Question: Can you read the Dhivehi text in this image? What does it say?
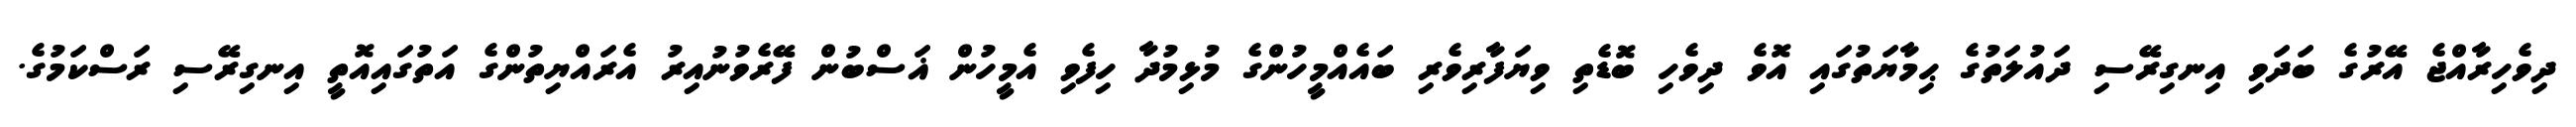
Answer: ދިވެހިރާއްޖެ އޭރުގެ ބަދަވި އިނގިރޭސި ދައުލަތުގެ ޙިމާޔަތުގައި އޮވެ ދިވެހި ބޮޑެތި ވިޔަފާރިވެރި ބައެއްމީހުންގެ މުޅިމުދާ ހިފެވި އެމީހުން ޣަސްބުން ފޭރެވުނުއިރު އެރައްޔިތުންގެ އަތުގައިއޮތީ އިނގިރޭސި ރަސްކަމުގެ.